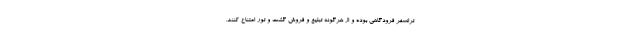
ترانسفر فرودگاهی بوده و از هرگونه تبلیغ و فروش گشت و تور امتناع کنند.